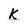
Character: K